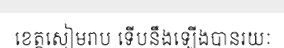
ខេត្តសៀមរាប ទើបនឹងឡើងបានរយៈ